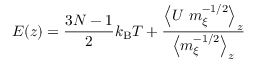
E ( z ) = \frac { 3 N - 1 } { 2 } k _ { \mathrm { B } } T + \frac { \left< U \ m _ { \xi } ^ { - 1 / 2 } \right> _ { z } } { \left< m _ { \xi } ^ { - 1 / 2 } \right> _ { z } }